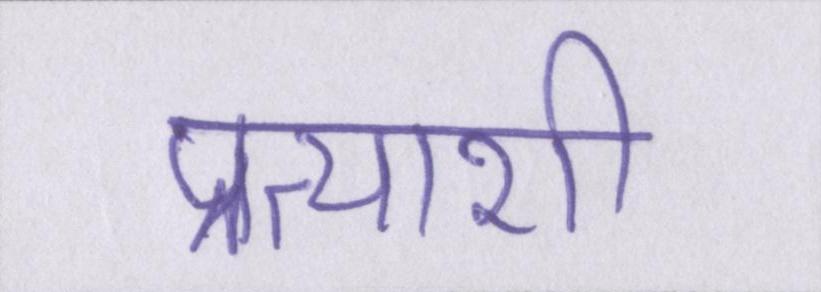
प्रत्याशी